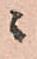
ニ